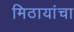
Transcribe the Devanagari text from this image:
मिठायांचा